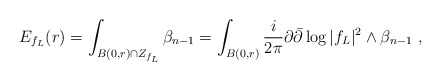
\begin{align*} E_{f_L}(r)=\int_{B(0,r)\cap Z_{f_L}} \beta_{n-1}=\int_{B(0,r)} \frac {i}{2\pi}\partial\bar\partial\log |f_L|^2 \wedge \beta_{n-1}\ ,\end{align*}